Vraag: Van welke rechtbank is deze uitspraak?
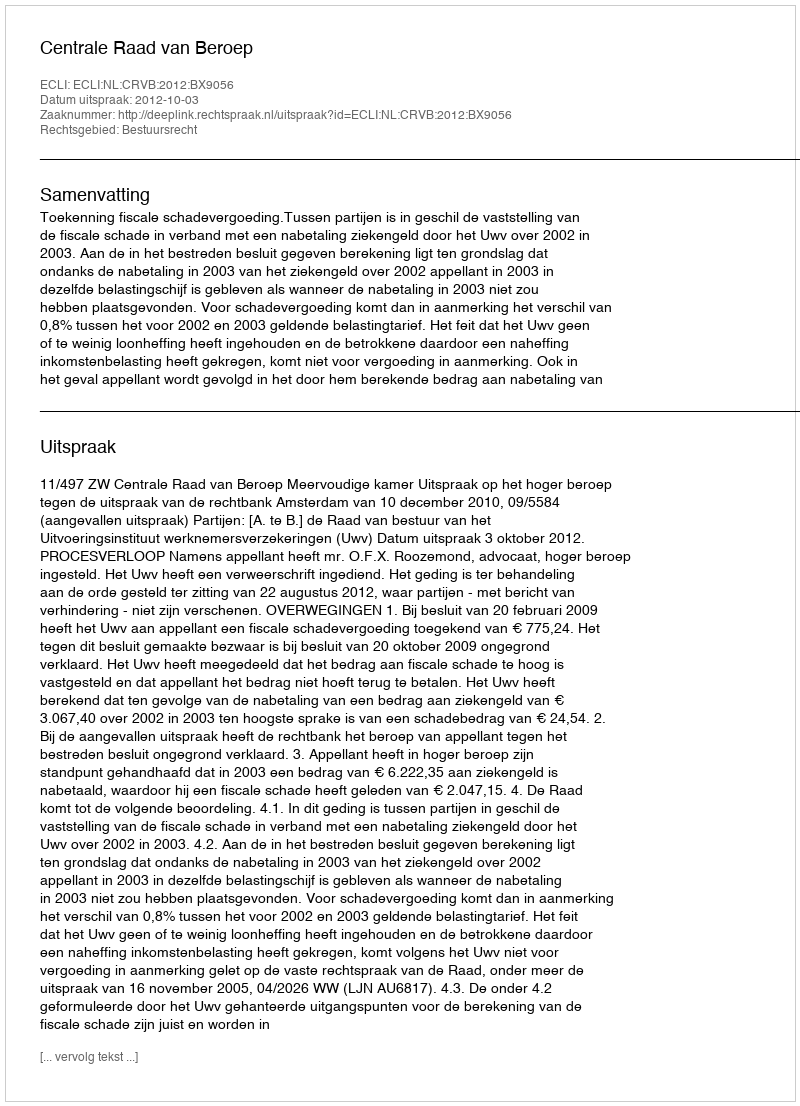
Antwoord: Centrale Raad van Beroep